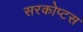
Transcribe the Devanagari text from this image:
सरकोप्टस